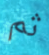
ثم